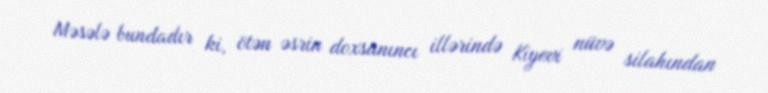
Məsələ bundadır ki, ötən əsrin doxsanıncı illərində Kiyevi nüvə silahından